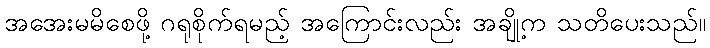
အအေးမမိစေဖို့ ဂရုစိုက်ရမည့် အကြောင်းလည်း အချို့က သတိပေးသည်။